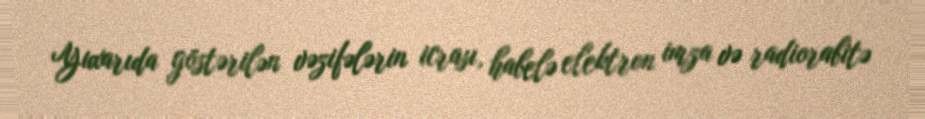
Yuxarıda göstərilən vəzifələrin icrası, habelə elektron imza və radiorabitə